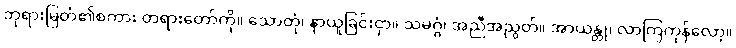
ဘုရားမြတ်၏စကား တရားတော်ကို။ သောတုံ၊ နာယူခြင်းငှာ။ သမဂ္ဂံ၊ အညီအညွတ်။ အာယန္တု၊ လာကြကုန်လော့။